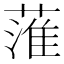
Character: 𦹏